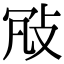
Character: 𢼐